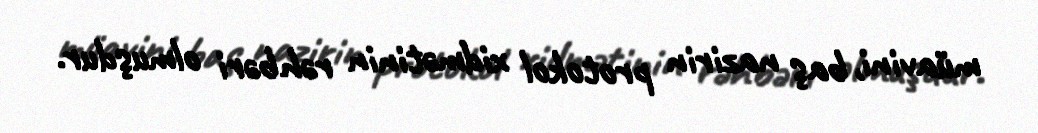
müavini, baş nazirin protokol xidmətinin rəhbəri olmuşdur.